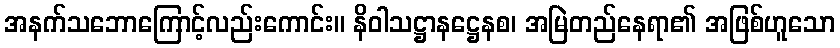
အနက်သဘောကြောင့်လည်းကောင်း။ နိဝါသဋ္ဌာနဋ္ဌေနစ၊ အမြဲတည်နေရာ၏ အဖြစ်ဟူသော